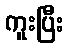
ကူးပြီး